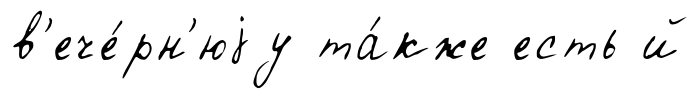
в'ече́рн'юjу та́кже есть й